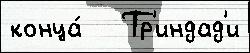
конца́   Тр'индад'и